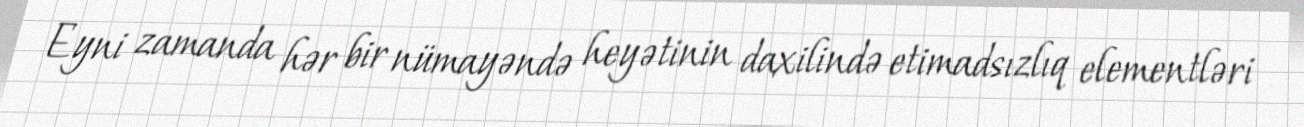
Eyni zamanda hər bir nümayəndə heyətinin daxilində etimadsızlıq elementləri